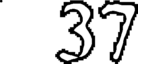
37